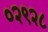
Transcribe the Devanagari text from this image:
०२९२८